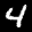
Digit: 4